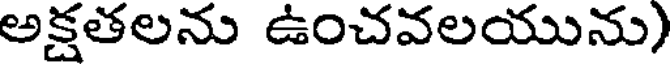
అక్షతలను ఉంచవలయును)